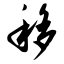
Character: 移